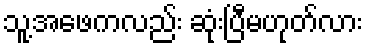
သူ့အဖေကလည်း ဆုံးပြီမဟုတ်လား